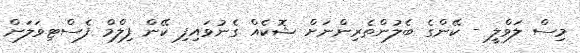
މިސް ލަވްލީ - ކޭންގެ ބެލުންތެރިންނަށް ޝޮކެއް ގެނުވައިފި ކޭން ފިލްމް ފެސްޓިވަލަށް